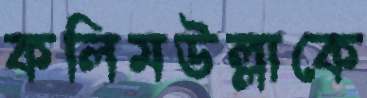
কলিমউল্লাকে